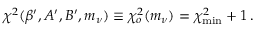
\chi ^ { 2 } ( \beta ^ { \prime } , A ^ { \prime } , B ^ { \prime } , m _ { \nu } ) \equiv \chi _ { o } ^ { 2 } ( m _ { \nu } ) = \chi _ { \mathrm { m i n } } ^ { 2 } + 1 \, .